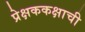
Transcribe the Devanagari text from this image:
प्रेक्षककक्षाची